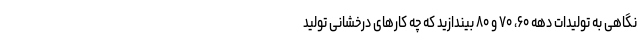
نگاهی به تولیدات دهه ۶۰، ۷۰ و ۸۰ بیندازید که چه کارهای درخشانی تولید